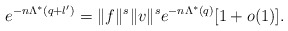
\begin{align*}e^{- n\Lambda^{*}(q+l')} = \|f\|^s \|v\|^s e^{- n\Lambda^{*}(q)} [1 + o(1)]. \end{align*}